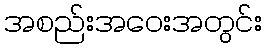
အစည်းအဝေးအတွင်း